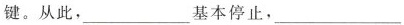
键。从此,___基本停止，___